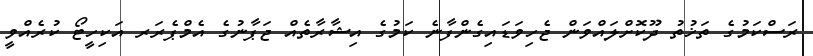
ރަސްކަމުގެ ތަޚުތު ދޫކޮށްލައްވަން ޖެހިވަޑައިގެންފާނެ ކަމުގެ އިޝާރާތެއް ޖަޕާނުގެ އެމްޕެރަރ އަކިހީޓޯ ކުރެއްވީ